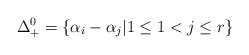
\begin{align*}\Delta_+^0 = \{ \alpha_i - \alpha_j| 1 \leq 1 < j \leq r \}\end{align*}